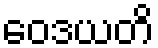
ဝေဒယတိ